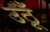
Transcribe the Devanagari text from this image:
उठूँ